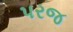
પરજ